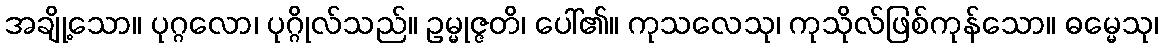
အချို့သော။ ပုဂ္ဂလော၊ ပုဂ္ဂိုလ်သည်။ ဥမ္မုဇ္ဇတိ၊ ပေါ်၏။ ကုသလေသု၊ ကုသိုလ်ဖြစ်ကုန်သော။ ဓမ္မေသု၊